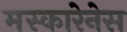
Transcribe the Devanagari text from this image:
मस्कारेनेस